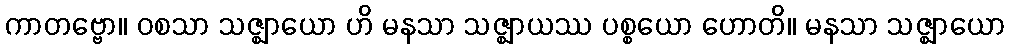
ကာတဗ္ဗော။ ဝစသာ သဇ္ဈာယော ဟိ မနသာ သဇ္ဈာယဿ ပစ္စယော ဟောတိ။ မနသာ သဇ္ဈာယော